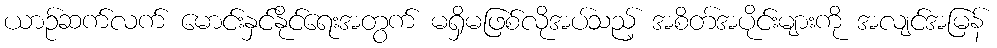
ယာဉ်ဆက်လက် မောင်းနှင်နိုင်ရေးအတွက် မရှိမဖြစ်လိုအပ်သည့် အစိတ်အပိုင်းများကို အလျင်အမြန်